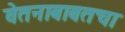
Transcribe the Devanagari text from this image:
वेतनाबाबतचा